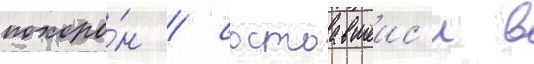
похоро́н / состоавшеис'я в